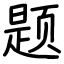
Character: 题